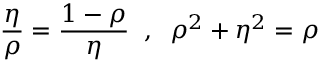
\frac { \eta } { \rho } = \frac { 1 - \rho } { \eta } \; \; , \; \; \rho ^ { 2 } + \eta ^ { 2 } = \rho